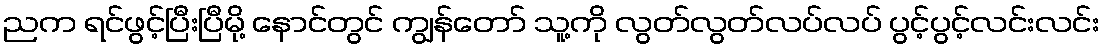
ညက ရင်ဖွင့်ပြီးပြီမို့ နောင်တွင် ကျွန်တော် သူ့ကို လွတ်လွတ်လပ်လပ် ပွင့်ပွင့်လင်းလင်း